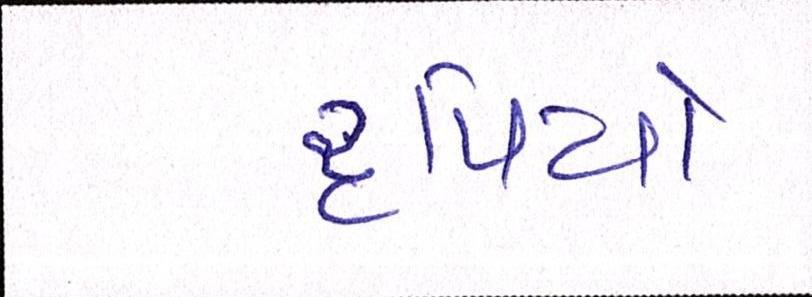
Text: રૃપિયો